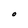
Character: O